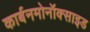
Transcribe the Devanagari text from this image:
कार्बनमोनॉक्साइड